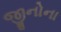
જીનોના